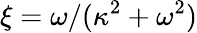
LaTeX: \xi=\omega/(\kappa^{2}+\omega^{2})